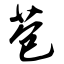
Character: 苞